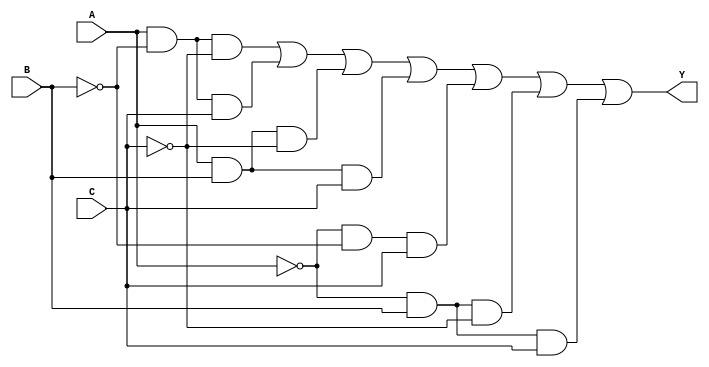
module three_variable_kmap (
    input wire A,    // Input variable A
    input wire B,    // Input variable B
    input wire C,    // Input variable C
    output wire Y    // Output variable Y
);

// K-map logic implementation
assign Y = (A & ~B & ~C) |   // Y4 (100)
           (A & ~B & C)  |   // Y5 (101)
           (A & B & ~C)  |   // Y6 (110)
           (A & B & C)   |   // Y7 (111)
           (~A & ~B & C) |   // Y1 (001)
           (~A & B & ~C) |   // Y2 (010)
           (~A & B & C);      // Y3 (011)

endmodule